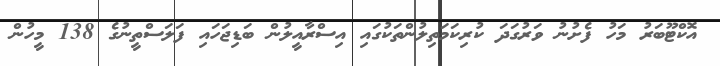
އޮކްޓޫބަރު މަހު ފެށުނު ވަރުގަދަ ކުރިކަމަތިލުންތަކުގައި އިސްރާއީލުން ބަޑިޖަހައި ފަލަސްތީނުގެ 138 މީހުން